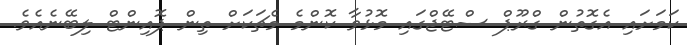
ކަމަށައި އެގޮތުން ގްރޫޕް ސްޓޭޖްގައި މޮޅުވާ ކޮންމެ މެޗަކަށް ތިން ޕޮއިންޓް ލިބޭނެއެވެ.